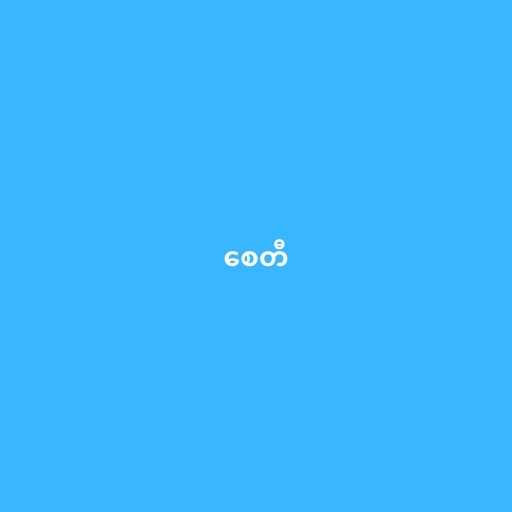
စေတီ